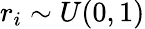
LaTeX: r_{i}\sim U(0,1)